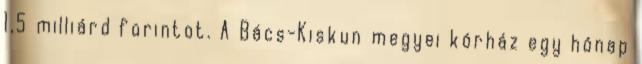
1,5 milliárd forintot. A Bács-Kiskun megyei kórház egy hónap